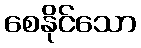
စေနိုင်သော